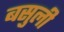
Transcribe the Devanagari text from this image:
बसुली